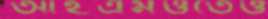
আইএমওতেও